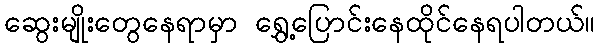
ဆွေးမျိုးတွေနေရာမှာ ရွှေ့ပြောင်းနေထိုင်နေရပါတယ်။